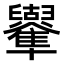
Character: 𠧑